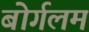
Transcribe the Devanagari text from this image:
बोर्गलम